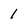
Character: 1